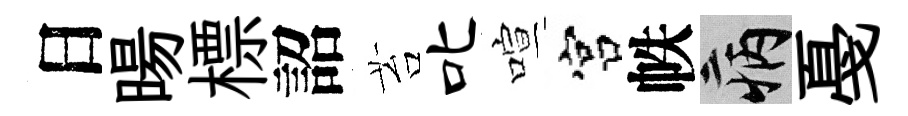
日暘標詔苔叱喧宫帙病戞